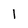
Character: 1